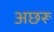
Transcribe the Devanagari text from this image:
अछरू